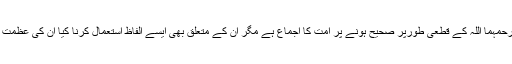
بخاری ومسلم رحمہما اللہ کے قطعی طورپر صحیح ہونے پر امت کا اجماع ہے مگر ان کے متعلق بھی ایسے الفاظ استعمال کرنا کیا ان کی عظمت پر چوٹ نہیں؟